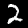
Label: 2